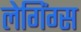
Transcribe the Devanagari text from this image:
लेगिंग्स